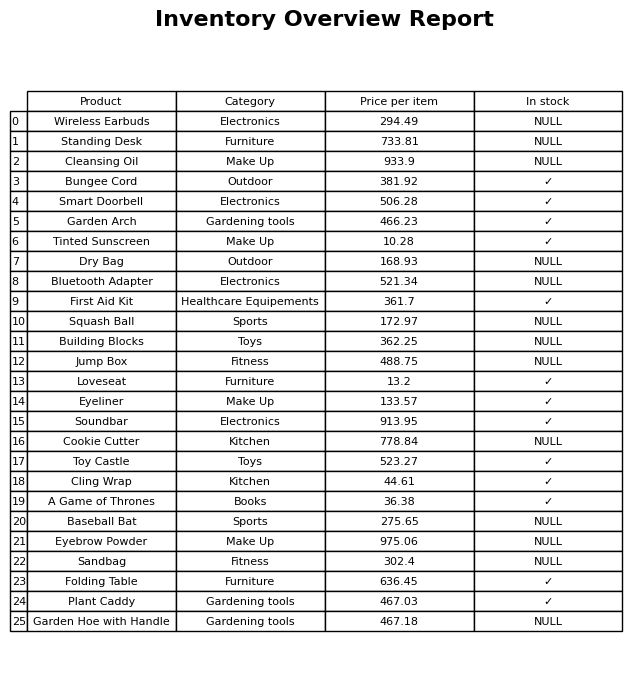
question: What is the price of the Bluetooth Adapter?
answer: The price of Bluetooth Adapter is 521.34.